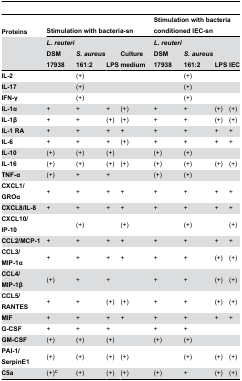
<table><thead><tr><td><b>Proteins</b></td><td colspan="4"><b>Stimulation with bacteria-sn</b></td><td colspan="4"><b>Stimulation with bacteria conditioned IEC-sn</b></td></tr><tr><td></td><td><b><i>L. reuteri</i> DSM 17938</b></td><td><b><i>S. aureus</i> 161:2</b></td><td><b>LPS</b></td><td><b>Culture medium</b></td><td><b><i>L. reuteri</i> DSM 17938</b></td><td><b><i>S. aureus</i> 161:2</b></td><td><b>LPS</b></td><td><b>IEC</b></td></tr></thead><tbody><tr><td><b>IL-2</b></td><td></td><td>(+)</td><td></td><td></td><td></td><td>(+)</td><td></td><td></td></tr><tr><td><b>IL-17</b></td><td></td><td>(+)</td><td></td><td></td><td></td><td>(+)</td><td></td><td></td></tr><tr><td><b>IFN-γ</b></td><td></td><td>(+)</td><td></td><td></td><td></td><td>(+)</td><td></td><td></td></tr><tr><td><b>IL-1α</b></td><td>+</td><td>+</td><td>+</td><td>(+)</td><td>+</td><td>+</td><td>(+)</td><td>(+)</td></tr><tr><td><b>IL-1β</b></td><td>+</td><td>+</td><td>(+)</td><td>(+)</td><td>+</td><td>+</td><td>(+)</td><td>(+)</td></tr><tr><td><b>IL-1 RA</b></td><td>+</td><td>+</td><td>+</td><td>+</td><td>+</td><td>+</td><td>+</td><td>+</td></tr><tr><td><b>IL-6</b></td><td>+</td><td>+</td><td>+</td><td>(+)</td><td>+</td><td>+</td><td>+</td><td>+</td></tr><tr><td><b>IL-10</b></td><td>(+)</td><td>(+)</td><td>(+)</td><td></td><td>(+)</td><td>(+)</td><td></td><td></td></tr><tr><td><b>IL-16</b></td><td>(+)</td><td>(+)</td><td>(+)</td><td>(+)</td><td>(+)</td><td>(+)</td><td>(+)</td><td>(+)</td></tr><tr><td><b>TNF-α</b></td><td>(+)</td><td>+</td><td>+</td><td></td><td>(+)</td><td>(+)</td><td></td><td></td></tr><tr><td><b>CXCL1/GROα</b></td><td>+</td><td>+</td><td>+</td><td>+</td><td>+</td><td>+</td><td>+</td><td>+</td></tr><tr><td><b>CXCL8/IL-8</b></td><td>+</td><td>+</td><td>+</td><td>+</td><td>+</td><td>+</td><td>+</td><td>+</td></tr><tr><td><b>CXCL10/IP-10</b></td><td></td><td>(+)</td><td></td><td>(+)</td><td></td><td>(+)</td><td></td><td>(+)</td></tr><tr><td><b>CCL2/MCP-1</b></td><td>+</td><td>+</td><td>+</td><td>+</td><td>+</td><td>+</td><td>+</td><td>+</td></tr><tr><td><b>CCL3/MIP-1α</b></td><td>+</td><td>+</td><td>+</td><td>+</td><td>+</td><td>+</td><td>(+)</td><td>(+)</td></tr><tr><td><b>CCL4/MIP-1β</b></td><td>(+)</td><td>+</td><td>+</td><td></td><td>+</td><td>+</td><td>(+)</td><td>(+)</td></tr><tr><td><b>CCL5/RANTES</b></td><td>+</td><td>+</td><td>(+)</td><td>(+)</td><td>+</td><td>+</td><td>(+)</td><td>(+)</td></tr><tr><td><b>MIF</b></td><td>+</td><td>+</td><td>+</td><td>+</td><td>+</td><td>+</td><td>+</td><td>+</td></tr><tr><td><b>G-CSF</b></td><td>+</td><td>+</td><td>+</td><td></td><td>+</td><td>+</td><td></td><td></td></tr><tr><td><b>GM-CSF</b></td><td>(+)</td><td>(+)</td><td>(+)</td><td></td><td>(+)</td><td>(+)</td><td></td><td></td></tr><tr><td><b>PAI-1/SerpinE1</b></td><td>(+)</td><td>(+)</td><td>(+)</td><td>(+)</td><td></td><td>(+)</td><td>(+)</td><td>(+)</td></tr><tr><td><b>C5a</b></td><td>(+)<sup>c</sup></td><td>(+)</td><td>(+)</td><td>(+)</td><td>(+)</td><td>+</td><td>(+)</td><td>(+)</td></tr></tbody></table>